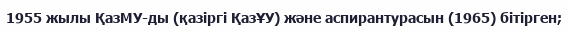
1955 жылы ҚазМУ-ды (қазіргі ҚазҰУ) және аспирантурасын (1965) бітірген;